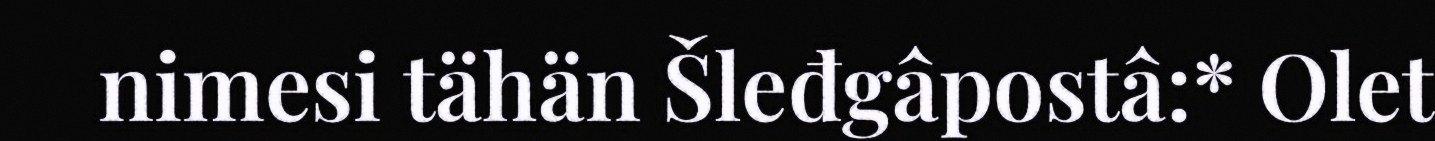
nimesi tähän Šleđgâpostâ:* Olet